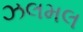
ઝલમલ